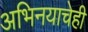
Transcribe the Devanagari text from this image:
अभिनयाचेही